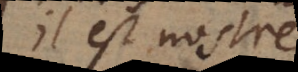
il est nostre